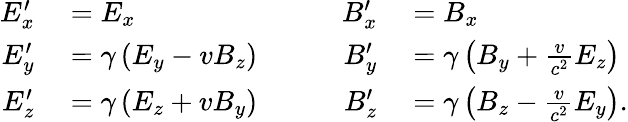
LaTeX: \begin{array}{rlrl}{E_{x}^{\prime}}&{{}=E_{x}}&{\qquad B_{x}^{\prime}}&{{}=B_{x}}\\ {E_{y}^{\prime}}&{{}=\gamma\left(E_{y}-vB_{z}\right)}&{B_{y}^{\prime}}&{{}=\gamma\left(B_{y}+{\frac{v}{c^{2}}}E_{z}\right)}\\ {E_{z}^{\prime}}&{{}=\gamma\left(E_{z}+vB_{y}\right)}&{B_{z}^{\prime}}&{{}=\gamma\left(B_{z}-{\frac{v}{c^{2}}}E_{y}\right).}\end{array}